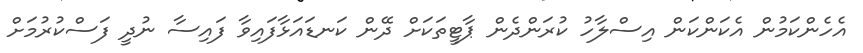
އެހެންކަމުން އެކަންކަން އިސްލާހު ކުރަންދެން ޕާޓީތަކަށް ދޭން ކަނޑައަޅާފައިވާ ފައިސާ ނުދީ ފަސްކުރުމަށް